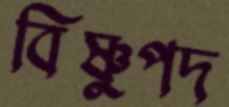
বিষ্ণুপদ